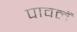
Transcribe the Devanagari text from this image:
पावलें